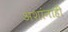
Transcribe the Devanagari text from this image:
अशांनाही